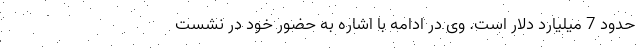
حدود 7 میلیارد دلار است. وی در ادامه با اشاره به حضور خود در نشست